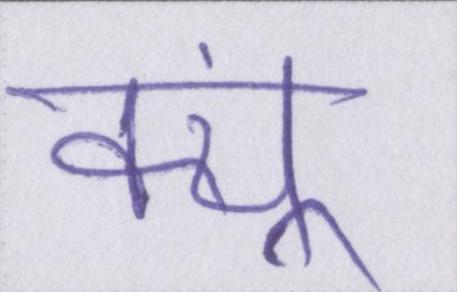
क्यूं